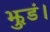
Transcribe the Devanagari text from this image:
झुडं।